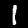
Label: 1